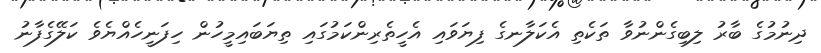
ދިނުމުގެ ބާރު ލިބިގެންނުވާ ތަކެތި އެކަލާނގެ ފިޔަވައި އެހީތެރިންކަމުގައި ތިޔަބައިމީހުން ހިފަނީހެއްޔެވެ ކަލޭގެފާނު